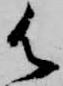
御